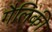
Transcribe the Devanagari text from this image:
गैलिकी